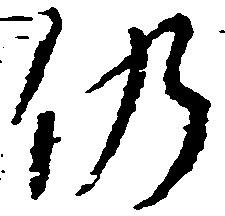
仍